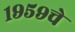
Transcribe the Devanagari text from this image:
१९५९चे